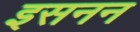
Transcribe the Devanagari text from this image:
इसनन